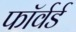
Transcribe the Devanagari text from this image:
फाॅर्वर्ड